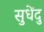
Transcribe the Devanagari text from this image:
सुधेंदु